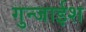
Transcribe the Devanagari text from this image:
गुन्जाईश